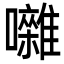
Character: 囃